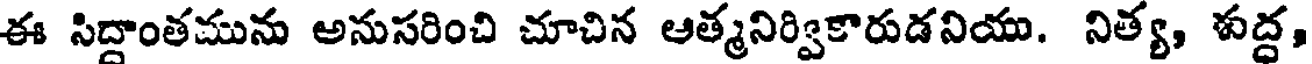
ఈ సిద్దాంతమును అనుసరించి చూచిన ఆత్మనిర్వికారుడనియు. నిత్య, శుద్ద,